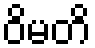
ဝိမတိ